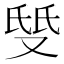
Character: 𱑹